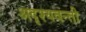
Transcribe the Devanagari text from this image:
अदृश्यवन्ती